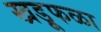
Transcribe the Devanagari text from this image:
खडूफळा